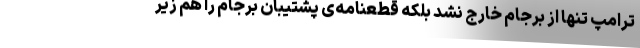
ترامپ تنها از برجام خارج نشد بلکه قطعنامه‌ی پشتیبان برجام را هم زیر